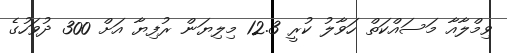
ވިމްލާއާ މަސައްކަތް ހަވާލު ކުރީ 12.3 މިލިޔަން ރުފިޔާ އަށް 300 ދުވަހުގެ